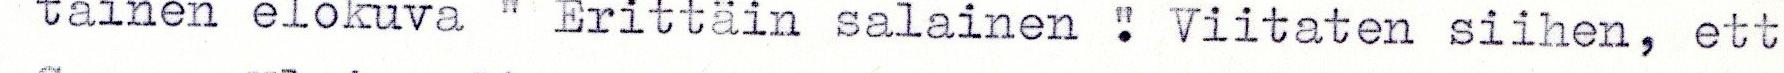
tainen elokuva " Erittäin salainen ". Viitaten siihen, että